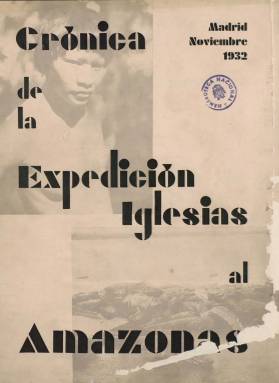
Título: Crónica de la Expedición Iglesias al Amazonas
Colección: Revistas turísticas y de viajes
Ámbito geográfico: Madrid
Lugar de publicación: Madrid
Fechas: 01/11/1932-28/02/1935

Revista de periodicidad mensual que empezó a publicarse en noviembre de 1932, siendo su director gerente el entonces capitán de ingenieros y pionero de la aviación Francisco Iglesias Brage (1900-1973), que un año antes había redactado y publicado el proyecto, con la organización y presupuestos, acompañado de grandes planos plegados al final, de la expedición científica que lleva su apellido, destinada a explorar la inmensa región del Alto Amazonas, aunque nunca llegaría a materializarse. Previamente, Iglesias había protagonizado dos proezas aeronáuticas, acompañado del también capitán Ignacio Jiménez Martín (1898-1959): en 1928, el vuelo entre Sevilla y Karachi (Paquistán), que acabó al tener que ser rescatados en el desierto de Basora (Irak) por el ejército inglés y, en 1929, el de Sevilla a América, a bordo del monomotor Jesús del Gran Poder. A su vuelta a España, Iglesias ideó recuperar la tradición de las expediciones científicas españolas suspendidas a mediados del siglo XIX, en este caso contando con los nuevos avances tecnológicos y con investigaciones en los campos de la geografía, geología, mineralogía, botánica, zoología, medicina, etnografía, antropología, radio y magnetismo en esta zona del Amazonas entonces poco conocida, siendo aprobada su realización por decreto, en mayo de 1932, por el Gobierno de la República Española, en el seno de una Fundación Nacional para Investigaciones Científicas y Ensayos de Reformas y con un patronato que fue presidido por el doctor don Gregorio Marañón, que también presidía entonces la Real Sociedad Geográfica, de la que el capitán Iglesias era así mismo miembro, que a su vez fue secretario técnico del patronato. A este patronato se incorporan intelectuales como don José Ortega y Gasset, don Ramón Menéndez y Pidal y don Fernando de los Ríos, entonces ministro de Instrucción Pública y Bellas Artes, y con representantes también de Colombia, Perú, Ecuador y Brasil.

Para difundir el proyecto y su preparación, que fue acogido con entusiasmo por personalidades relevantes de la cultura española como las citadas, se publicará esta revista, calificada de “interesante” y “espléndida” por sus contenidos, entre los que se encuentran colaboraciones de prestigio y secciones fijas sobre exploraciones históricas anteriores, información sobre los comités de apoyo a la expedición, y de crónicas y noticias de España y América, además de ilustraciones (fotograbados y reproducciones de mapas). Sus entregas, con cubierta, son en torno al medio centenar de páginas, compuestas a una y dos columnas. Fue editada bajo el también patrocinio del entonces Centro de Estudios Históricos, antecedente del posterior Consejo Superior de Investigaciones Científicas (CSIC), contando igualmente con el apoyo del Instituto Geográfico y Estadístico. Además de los textos del propio capitán Iglesias (amigo de pintores y poetas como García Lorca o Cernuda), entre sus colaboraciones aparecen las firmadas por el mismo doctor don Gregorio Marañón, Gustavo Pittaluga, José María Torroja, Francisco Hernández Pacheco, Eduardo Hernández Pacheco, Víctor de la Serna, Basilio Álvarez, Daniel Samper Ortega, José Cuatrecasas, Ferreira de Castro, Jaime González de Aledo y Rittwagen, Carlos Estevao, Waldo Frank e I. Bolívar, entre otros. También insertará publicidad comercial.

Tras la entrega número 11, de septiembre-octubre de 1933, pasa a publicar las número 12 y 13, de julio y agosto de 1934, respectivamente. De nuevo, dejará de aparecer hasta que publica un número extraordinario, en febrero de 1935, de más de un centenar de páginas, dedicado exclusivamente a la botadura del buque oceanográfico Artabro, el primero de propulsión eléctrica con dos diésel construido en España. La revista iba a servir para dar cuenta de la expedición, sus trabajos y hallazgos científicos. Ésta despertó gran interés entre las sociedades científicas de Europa y América, y de cuyo proyecto Iglesias dio cuenta en ruedas de prensa en toda España. Tenía previsto zarpar del Ferrol el 12 de octubre de 1935, pero tras varios aplazamientos, el Gobierno decidió su suspensión definitiva. Referencias sobre Iglesias y su expedición son, principalmente, las publicaciones de López Gómez (2001 y 2002) y Núñez de las Cuevas (2008).